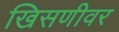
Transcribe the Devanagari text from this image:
खिसणीवर